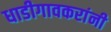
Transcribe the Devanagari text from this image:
धाडीगावकरांनी